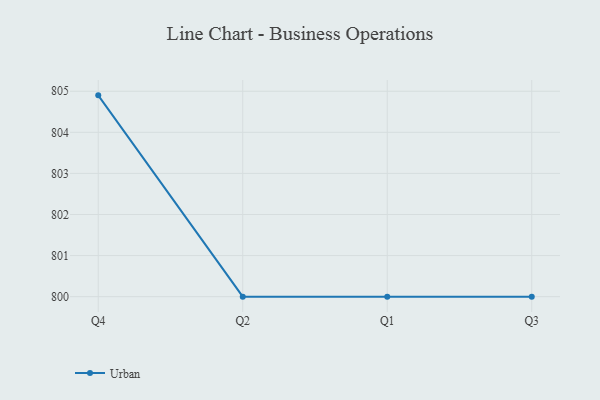
{"axis": {"x": "Quarter", "y": "Temperature (°C)"}, "legend": ["Urban"], "data": [{"x": "Q4", "y": 804.9, "type": "Urban"}, {"x": "Q2", "y": 800, "type": "Urban"}, {"x": "Q1", "y": 800, "type": "Urban"}, {"x": "Q3", "y": 800, "type": "Urban"}]}